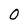
Character: O